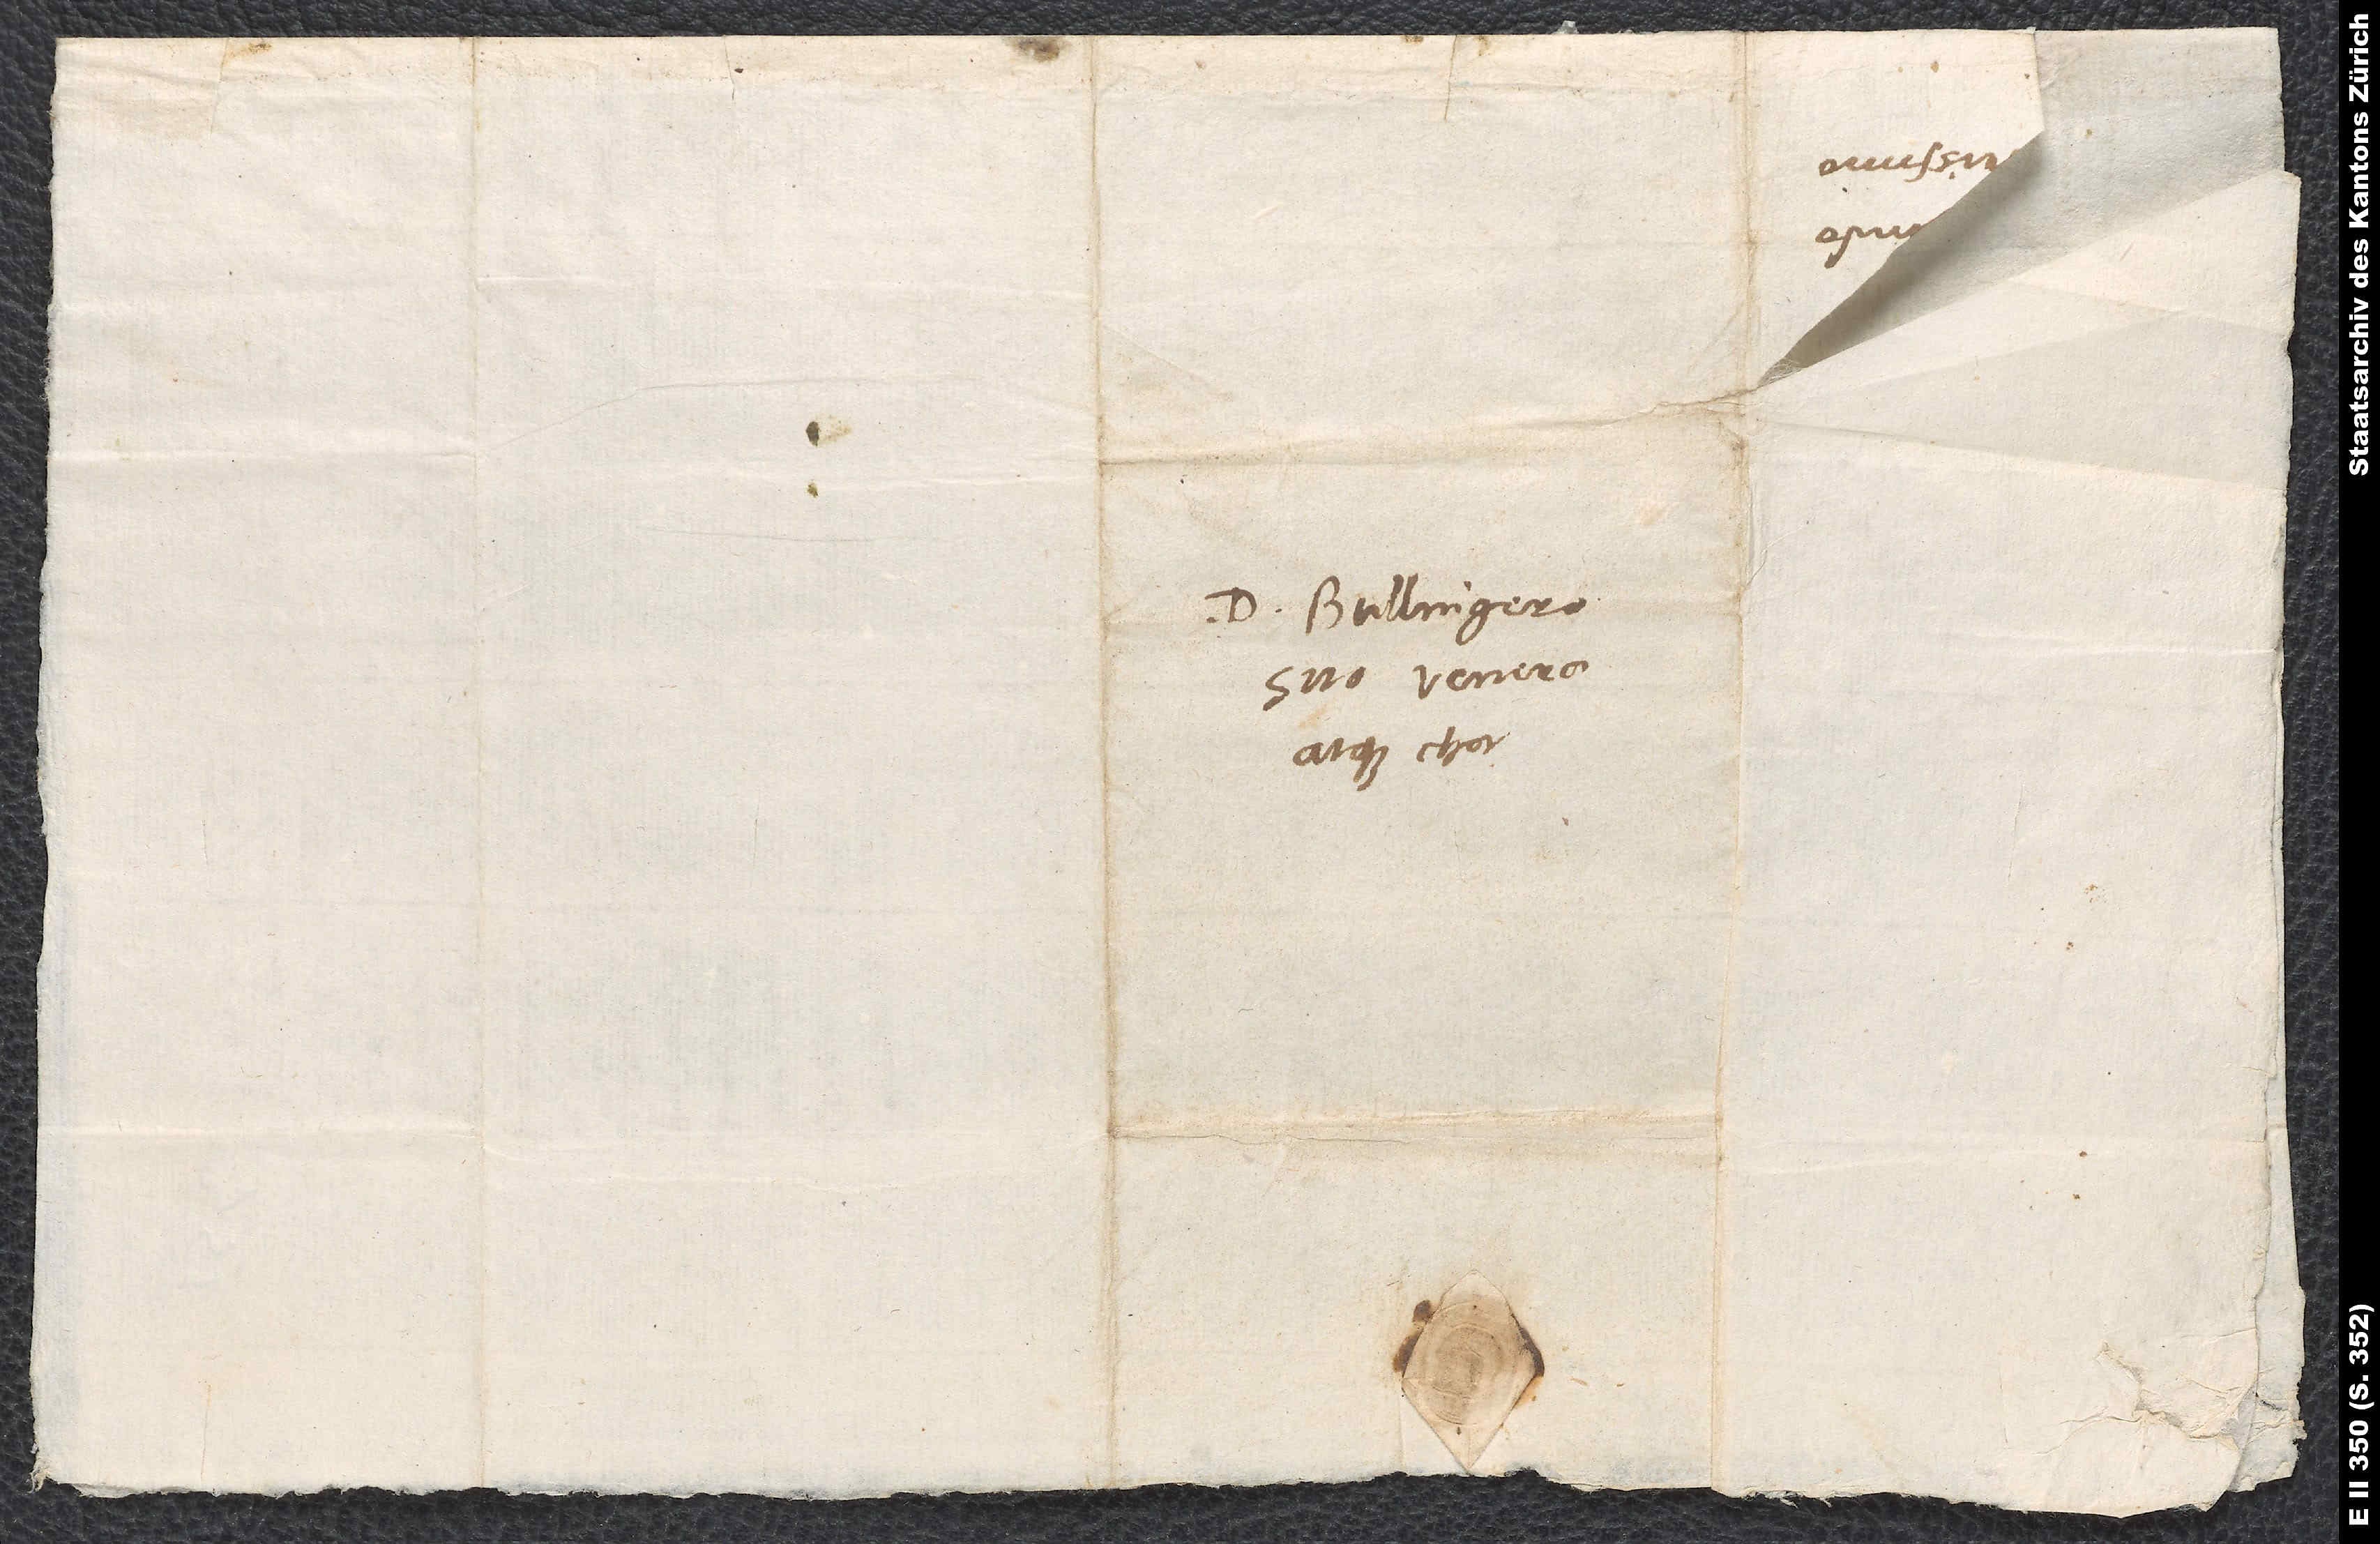
Domino Bullingero
suo venerando
atque charissimo.